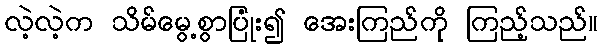
လဲ့လဲ့က သိမ်မွေ့စွာပြုံး၍ အေးကြည်ကို ကြည့်သည်။